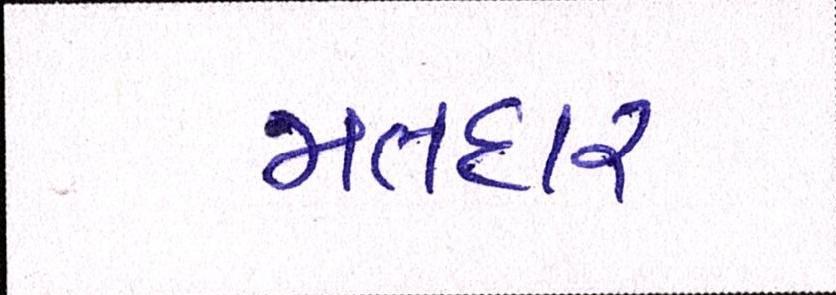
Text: મતદાર